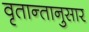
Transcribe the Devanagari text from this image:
वृतान्तानुसार